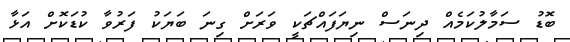
ބޮޑު ސަމާލުކަމެއް ދިނަސް ނިޔަފައްޗަކީ ވަރަށް ގިނަ ބަޔަކު ފަރުވާ ކުޑަކޮށް އަޅާ